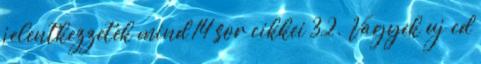
jelentkezzetek mind 14 sor cikkei 32. Vagyek uj cd